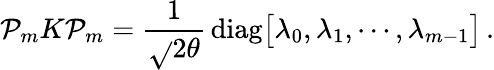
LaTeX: \mathcal{P}_{m}K\mathcal{P}_{m}={\frac{{1}}{{\sqrt{}{{2\theta}}}}}\, \mathrm{{diag}}\bigl[\lambda_{0},\lambda_{1},\cdots,\lambda_{m-1}\bigr]\, .